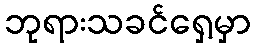
ဘုရားသခင်ရှေ့မှာ